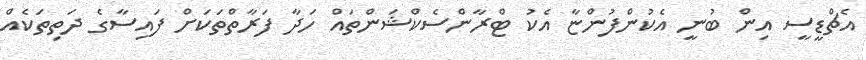
އެޗްޑީސީ އިން ބުނީ އެކުންފުންޏާ އެކު ޓްރާންސެކްޝަންތައް ހަދާ ފަރާތްތަކަށް ފައިސާގެ ދަތިތަކެއް